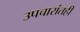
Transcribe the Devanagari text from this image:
उपचारांतही